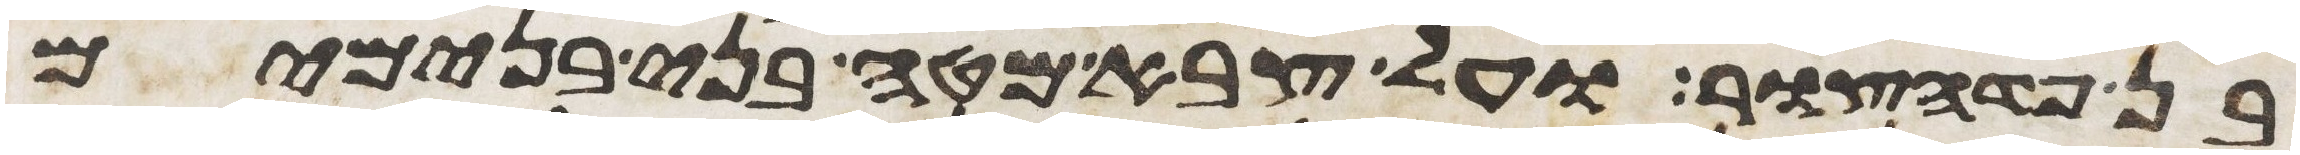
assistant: בן פדהצור ועל צבא מטה בני בנימים